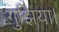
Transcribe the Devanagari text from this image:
गुझिया।